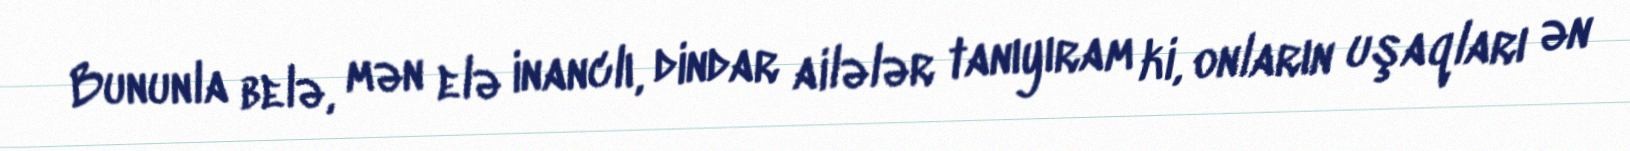
Bununla belə, mən elə inanclı, dindar ailələr tanıyıram ki, onların uşaqları ən